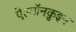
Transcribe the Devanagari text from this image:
ऐल्गॉनक़ुइन